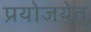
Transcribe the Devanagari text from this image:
प्रयोजयेत्